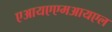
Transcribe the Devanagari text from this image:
एआयएएमआयएल